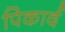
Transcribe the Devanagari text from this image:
पिकार्द